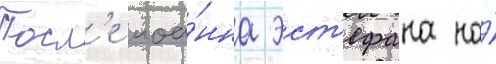
Посл'е иоа́нна эст'ефана на́